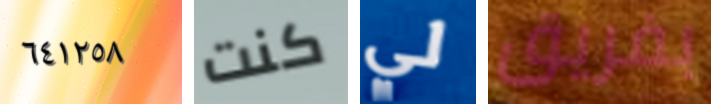
٦٤١٢٥٨ كنت لي بفريق